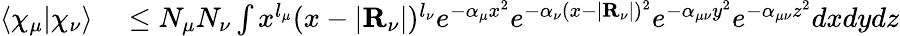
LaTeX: \begin{array}{rl}{\langle\chi_{\mu}|\chi_{\nu}\rangle}&{{}\leq N_{\mu}N_{\nu}\int x^{l_{\mu}}(x-|\mathbf{R}_{\nu}|)^{l_{\nu}}e^{-\alpha_{\mu}x^{2}}e^{-\alpha_{\nu}(x-|\mathbf{R}_{\nu}|)^{2}}e^{-\alpha_{\mu\nu}y^{2}}e^{-\alpha_{\mu\nu}z^{2}}dxdydz}\end{array}